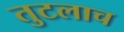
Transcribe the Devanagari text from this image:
तुटलाच